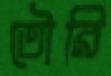
তৌরি